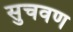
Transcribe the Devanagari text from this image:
सुचवण